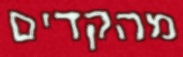
מהקדים